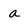
Character: a